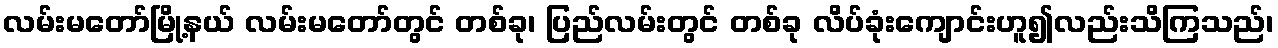
လမ်းမတော်မြို့နယ် လမ်းမတော်တွင် တစ်ခု၊ ပြည်လမ်းတွင် တစ်ခု လိပ်ခုံးကျောင်းဟူ၍လည်းသိကြသည်၊